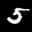
Label: 5